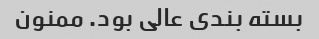
بسته بندی عالی بود. ممنون